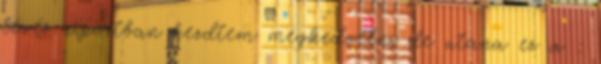
tévés riportban kezdtem megkedvelni de utána ez a :